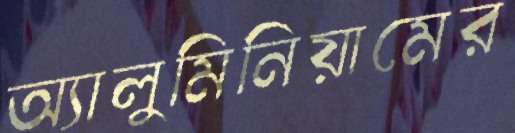
অ্যালুমিনিয়ামের